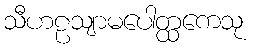
သီဟဠသျာမပေါတ္ထကေသု